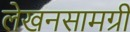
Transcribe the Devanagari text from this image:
लेखनसामग्री